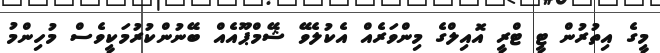
މީގެ އިތުރުން ޓީ ޓްރީ އޮއިލްގެ މިންވަރެއް އެކުލެވޭ ޝޭމްޕޫއެއް ބޭނުންކުރުމަކީވެސް މުހިންމު